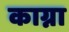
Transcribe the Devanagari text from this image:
काग्ना